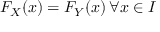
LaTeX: F _ { X } ( x ) = F _ { Y } ( x ) \, \forall x \in I